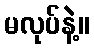
မလုပ်နဲ့။